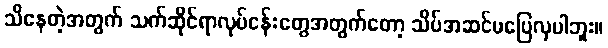
သိနေတဲ့အတွက် သက်ဆိုင်ရာလုပ်ငန်းတွေအတွက်တော့ သိပ်အဆင်မပြေလှပါဘူး။